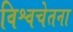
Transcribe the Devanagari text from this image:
विश्वचेतना